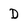
Character: D